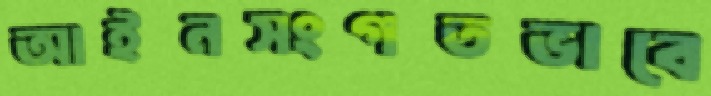
আইনসংগতভাবে